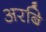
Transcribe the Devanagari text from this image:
अरबि